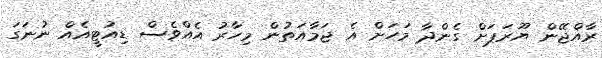
ރާއްޖޭން ޔޫރަޕަށް ގެންދާ މަހަށް އެ ޖަމާއަތުން މިހާރު އެއްވެސް ޑިއުޓީއެއް ނުނަގަ